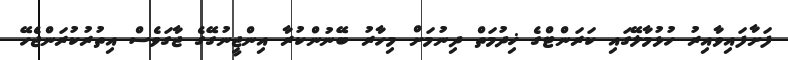
ފަށާފައިވާއިރު ހުޅުމާލޭގައި ކަރަންޓްގެ ޚިދުމަތް ދިނުމަށް މިހާރު ބޭނުންކުރާ އިންޖީނުގޭގެ ޖާގަވެސް އިތުރުކުރަންޖެހޭ